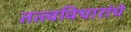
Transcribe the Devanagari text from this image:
तत्त्वविचारांचे